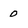
Character: 0